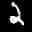
Label: 2